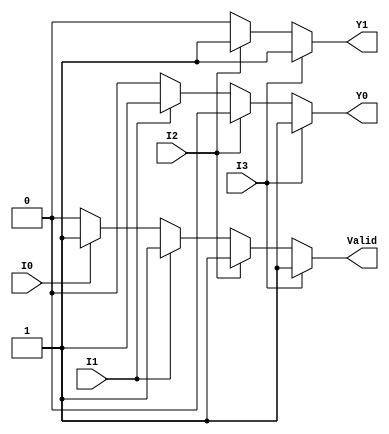
module priority_encoder_4to2 (
    input wire I3,
    input wire I2,
    input wire I1,
    input wire I0,
    output reg Y1,
    output reg Y0,
    output reg Valid
);

always @(*) begin
    // By default, set outputs to zero
    Y1 = 0;
    Y0 = 0;
    Valid = 0;

    // Check the inputs in order of priority
    if (I3) begin
        Y1 = 1;
        Y0 = 1;
        Valid = 1; // At least one input is active
    end else if (I2) begin
        Y1 = 1;
        Y0 = 0;
        Valid = 1;
    end else if (I1) begin
        Y1 = 0;
        Y0 = 1;
        Valid = 1;
    end else if (I0) begin
        Y1 = 0;
        Y0 = 0;
        Valid = 1;
    end
end

endmodule